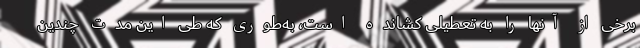
برخی از آنها را به تعطیلی کشانده است، به‌طوری که طی این مدت چندین